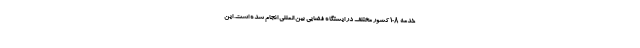
خدمه ۱۰۸ کشور مختلف در ایستگاه فضایی بین المللی انجام شده است. این